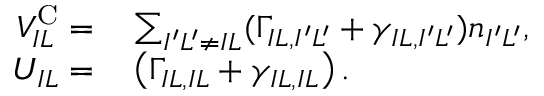
\begin{array} { r l } { V _ { I L } ^ { \mathrm { C } } = } & { { } \sum _ { { I ^ { \prime } L ^ { \prime } \ne I L } } ( \Gamma _ { I L , I ^ { \prime } L ^ { \prime } } + \gamma _ { I L , I ^ { \prime } L ^ { \prime } } ) n _ { I ^ { \prime } L ^ { \prime } } , } \\ { U _ { I L } = } & { { } \left( \Gamma _ { I L , I L } + \gamma _ { I L , I L } \right) . } \end{array}